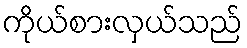
ကိုယ်စားလှယ်သည်